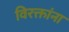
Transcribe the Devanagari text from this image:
विरक्तांना